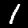
Label: 1